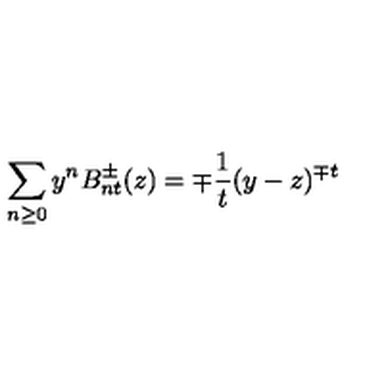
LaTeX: \sum _ { n \geq 0 } y ^ { n } B _ { n t } ^ { \pm } ( z ) = \mp { \frac { 1 } { t } } ( y - z ) ^ { \mp t }